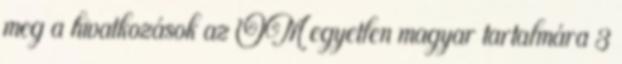
meg a hivatkozások az OM egyetlen magyar tartalmára 3